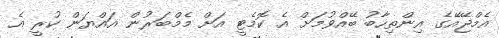
އެމްޖޭއޭގެ އިންތިހާބު ބޭއްވުމަށް އެ ކޮމެޓީ އަށް މެމްބަރުން އައްޔަން ކުރީ އެ